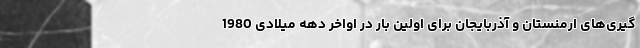
گیری‌های ارمنستان و آذربایجان برای اولین بار در اواخر دهه میلادی 1980